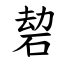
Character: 䂲